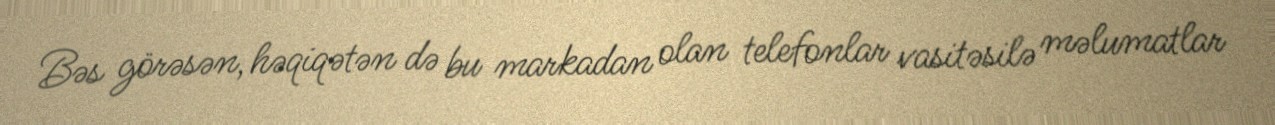
Bəs görəsən, həqiqətən də bu markadan olan telefonlar vasitəsilə məlumatlar